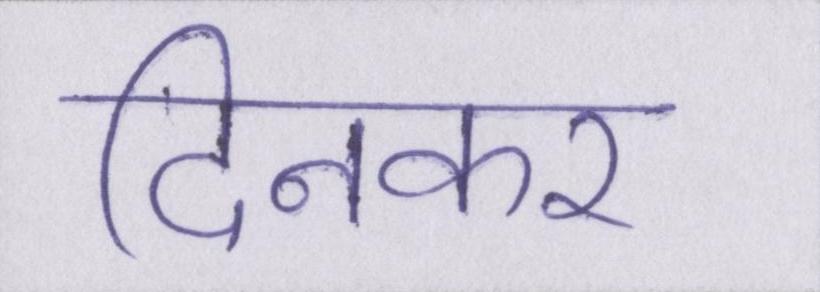
दिनकर